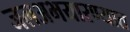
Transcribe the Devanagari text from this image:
जलअभयारण्यात